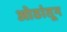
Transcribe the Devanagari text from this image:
ओठांतून